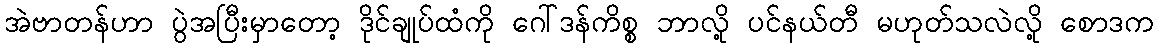
အဲဗာတန်ဟာ ပွဲအပြီးမှာတော့ ဒိုင်ချုပ်ထံကို ဂေါ်ဒန်ကိစ္စ ဘာလို့ ပင်နယ်တီ မဟုတ်သလဲလို့ စောဒက